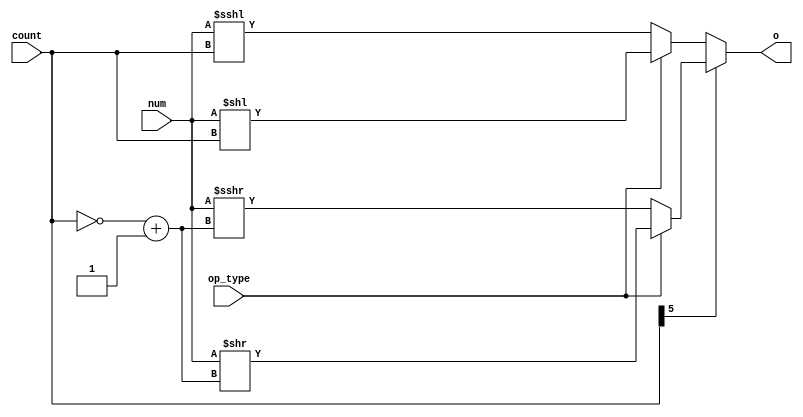
`timescale 1ns / 1ps
//////////////////////////////////////////////////////////////////////////////////
// Company: 
// Engineer: 
// 
// Design Name: 
// Module Name:    Shift16 
// Project Name: 
// Target Devices: 
// Tool versions: 
// Description: 
//
// Dependencies: 
//
// Revision: 
// Revision 0.01 - File Crea ted
// Additional Comments: 
//
//////////////////////////////////////////////////////////////////////////////////


module Shift16(
    input [15:0] num,
    input [5:0] count,
    input op_type, //11 logical  00 arithmatic 01 rotating(Barrel)
    output reg[15:0] o
    );
	 
	 reg[15:0] out = 16'h0000;	
	 reg[5:0] lim = 6'b0 ;
	 integer k;
	 
	 
	 always @ (*)
	 begin : a	 
		integer i;
		if(count[5]) //right shift	
			begin
			lim = ~count+ 6'b1 ;	
				if(op_type)  //logical					
						out = num>>lim ;						
				else   //arithmatic
						out = $signed(num)>>>lim;
			end							
		else   //left shift					
			begin			
				if(op_type) //logical				
						out = num<< count;			
				else   //arithmatic
						out = $signed(num) <<< count;				
			end				
		o = out ;
	end	
		
endmodule